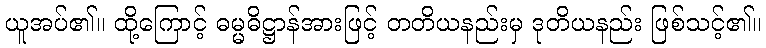
ယူအပ်၏။ ထို့ကြောင့် ဓမ္မဓိဋ္ဌာန်အားဖြင့် တတိယနည်းမှ ဒုတိယနည်း ဖြစ်သင့်၏။